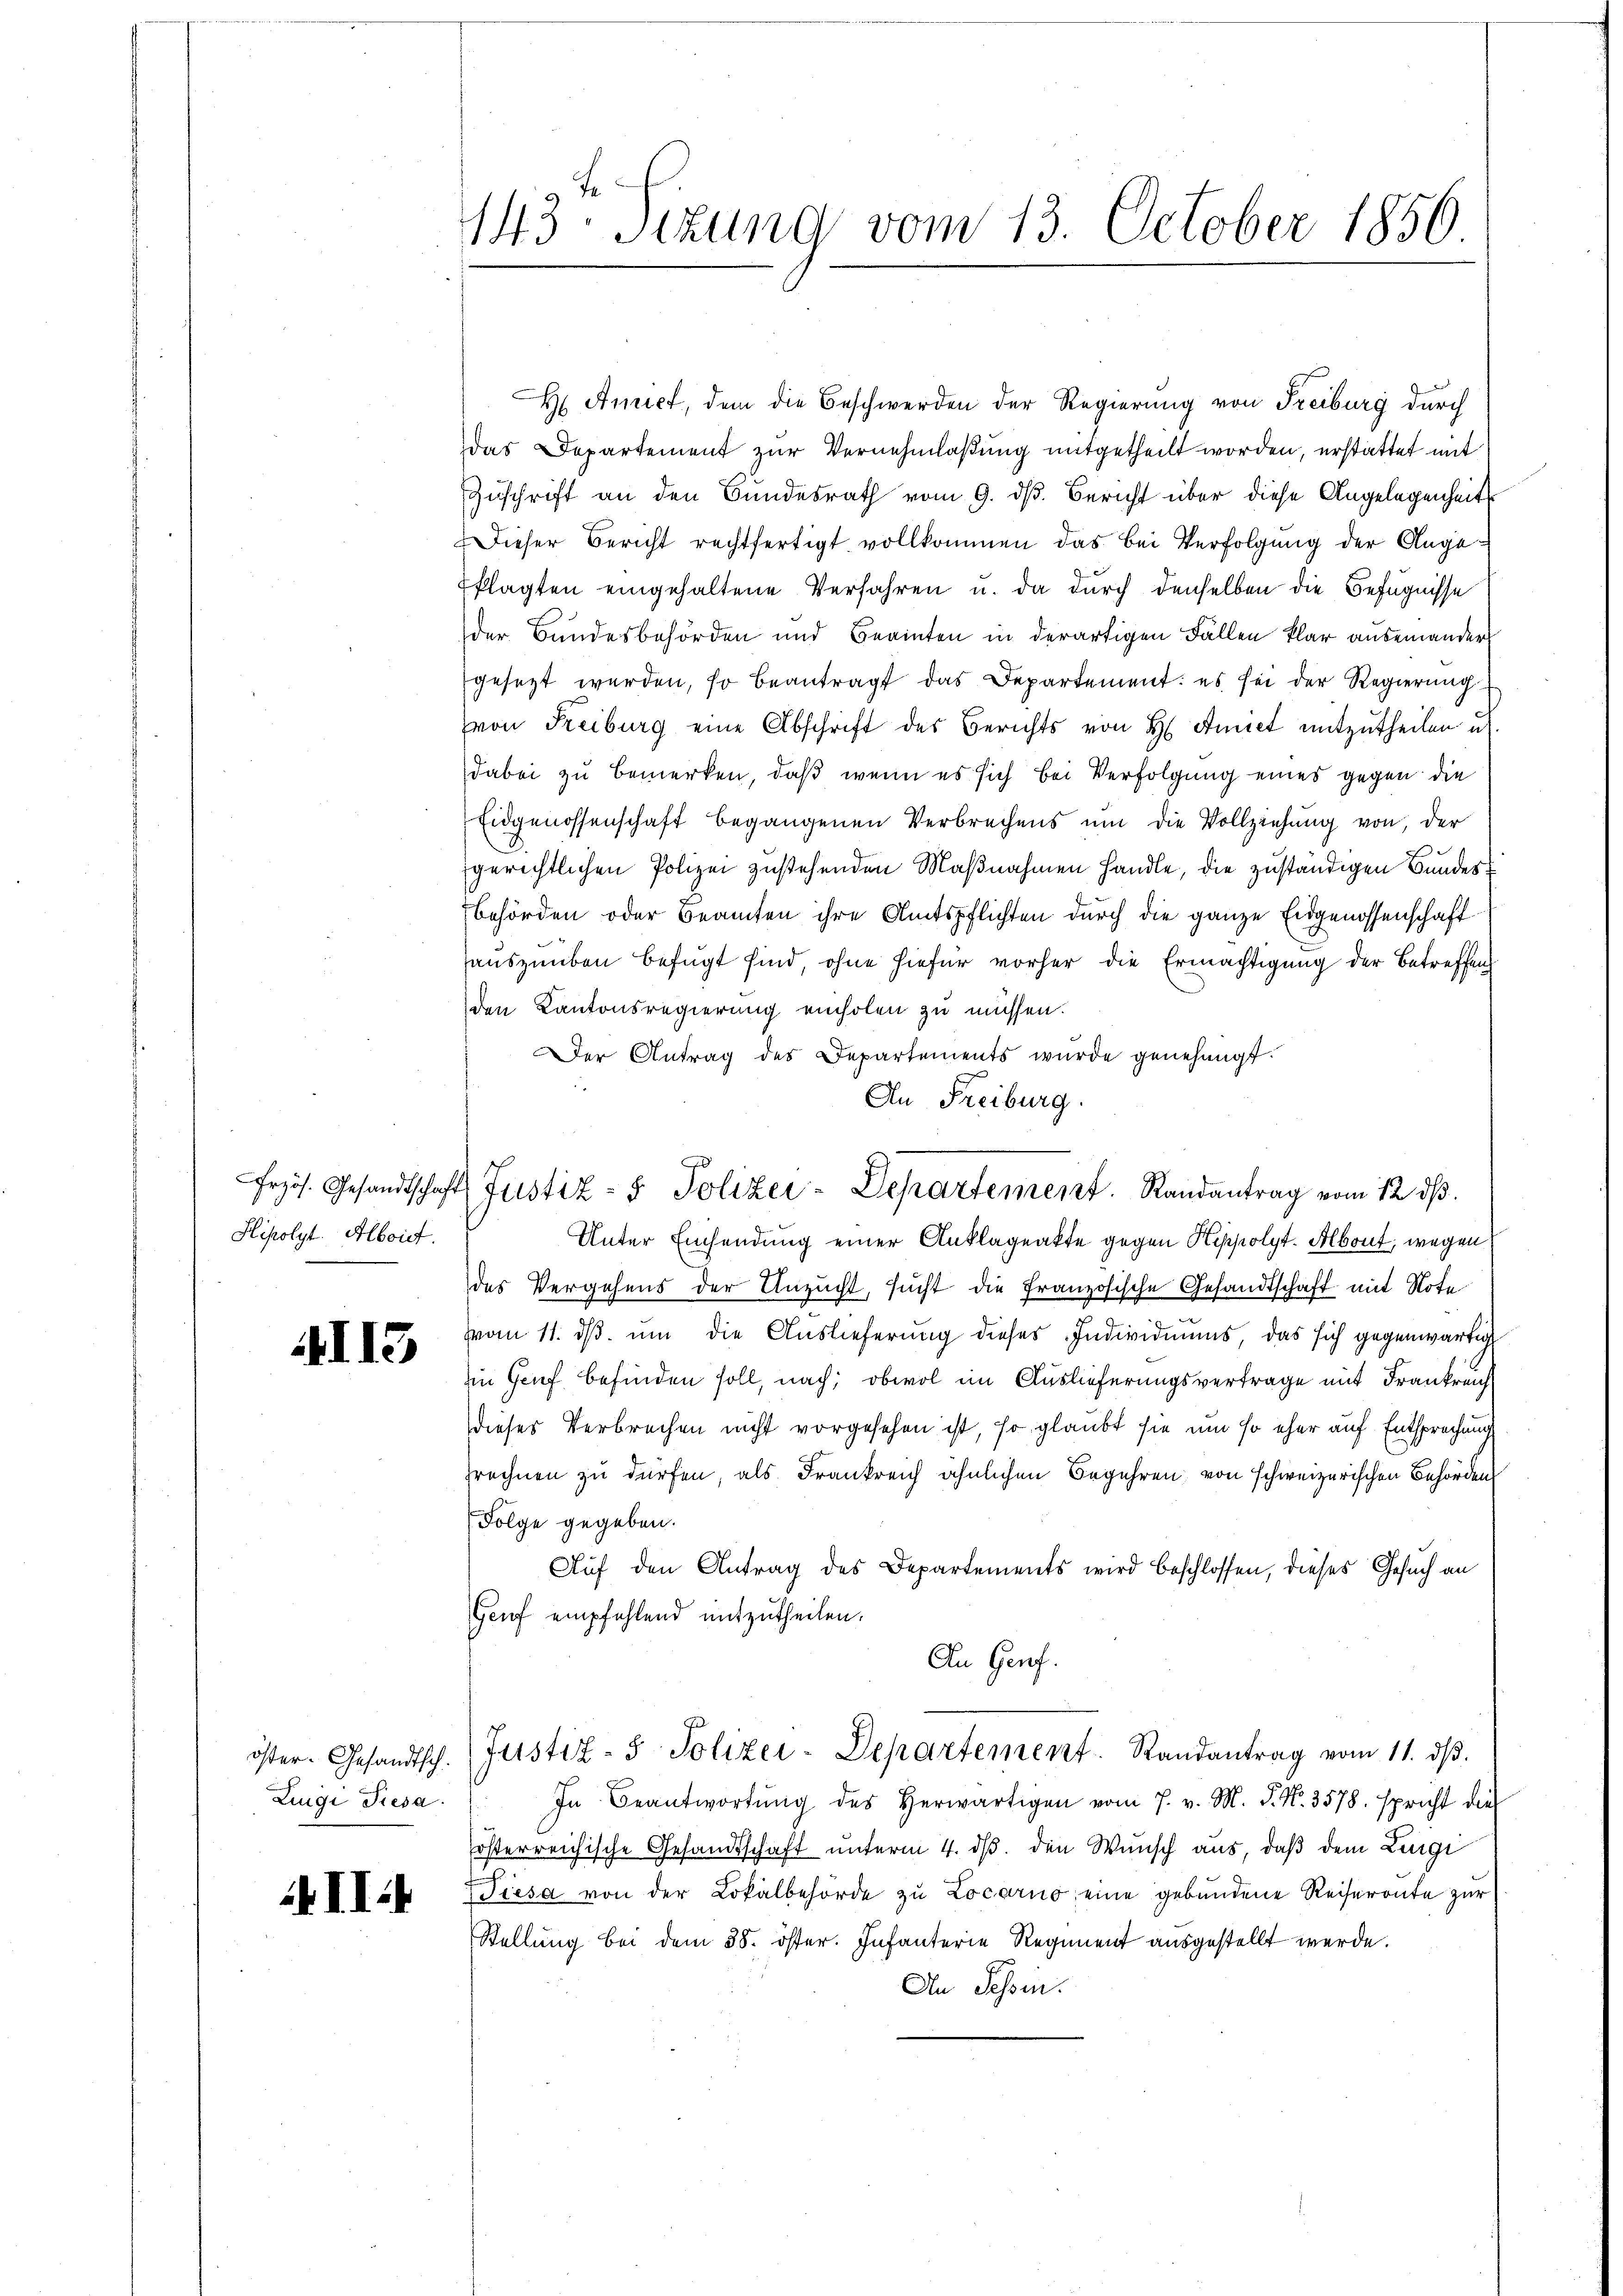
Hipolyt. Alboit.

MII5

Ziugi Piesa

143. Sitzung vom 13. October 1856

H Amict, dem die Beschwerden der Regierung von Freiburg durch
das Departement zur Vernehmlaßung mitgetheilt worden, erstattet mit
Zuschrift an den Bundesrath vom 9. dß. Bericht über diese Angelegenheit
Dieser Bericht rechtfertigt vollkommen das bei Verfolgung der Angeklagten eingehaltene Verfahren u. da durch denselben die Befugnisse
der Bundesbehörden und Beamten in derartigen Fällen klar auseinander
gesezt werden, so beantragt das Departement: es sei der Regierung
von Freiburg eine Abschrift des Berichts von H. Annet mitzutheilen u.
dabei zu bemerken, daß wenn es sich bei Verfolgung eines gegen die
Eidgenossenschaft begangenen Verbrechens um die Vollziehung von der
gerichtlichen Polizei zustehenden Maßnahmen handle, die zuständigen Bundes¬
Behörden oder Beamten ihre Amtspflichten durch die ganze Eidgenossenschaft
auszuüben befügt sind ohne hiefür vorher die Ermächtigung der Betreffen
den Kantonsregierung einholen zu müssen.
Der Antrag des Departements wurde genehmigt.
An Freiburg.
Unter Einsendung einer Anklageakte gegen Keppolyt. Albont, wegen
des Vergehens der Ansucht, sucht die Französische Gesandtschaft mit Note
Von 11. dβ ŭm die Auslieferung dieses Individuums, das sich gegenwärtig
iin Genf befinden soll, nach, obwol im Auslieferungsvertrage mit Frankreich
dieses Verbrechen nicht vorgesehen ist, so glaubt sie um so eher auf Entsprechung
prechnen zu dürfen, als Frankreich ähnlichen Begehren von schweizerischen Behörden
Folge gegeben.
Auf den Antrag des Departements wird beschlossen, dieses Gesuch an
Genf empfehlend mitzutheilen.
An Genf.
öster. Gesandtsch. Justiz- & Polizei-Departement. Randantrag vom 11. dβ.
In Beantwortŭng des herwärtigen vom 7. v. M. P. Nr. 3578. spricht die
österreichische Gesandtschaft unterm 4. ds. den Wunsch aus, daß dem Luigi
ist das Wiesa von der Lokalbehörde zu Locarno, eine gebundene Reiseronte zur
Stellung bei dem 38. öster. Infanterie Regiment ausgestellt werde.
An Sessen.

frzös. Gesandtschafts Justiz- & Polizei-Departement. Randantrag vom 12. dβ.